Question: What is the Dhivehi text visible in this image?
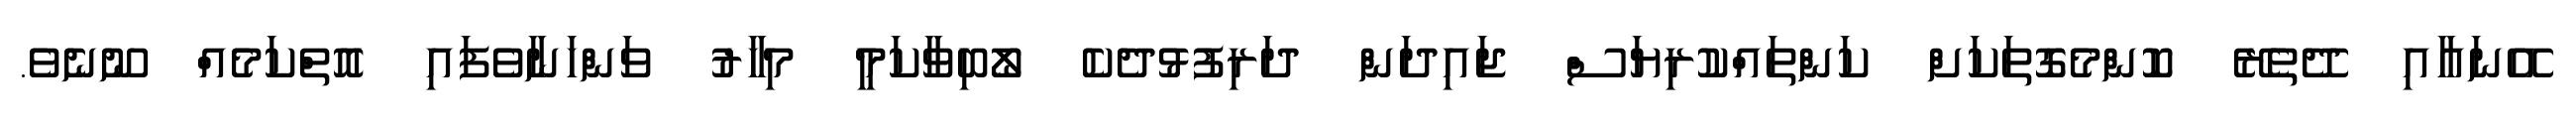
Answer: އޭނައާއި ދޭތެރޭ ކޮންމެގޮތަކަށް ކަންތައްކުރިޔަސް ޖައިދަން ދަރިފުޅުދެކެ ލޯބިވާކަމީ މިހާރު ވަންހަނާވެފައި އޮތްކަމެއް ނޫނެވެ.